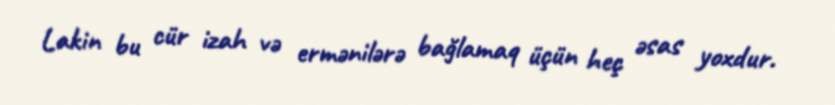
Lakin bu cür izah və ermənilərə bağlamaq üçün heç əsas yoxdur.